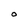
Character: O